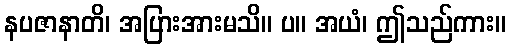
နပဇာနာတိ၊ အပြားအားမသိ။ ပ။ အယံ၊ ဤသည်ကား။